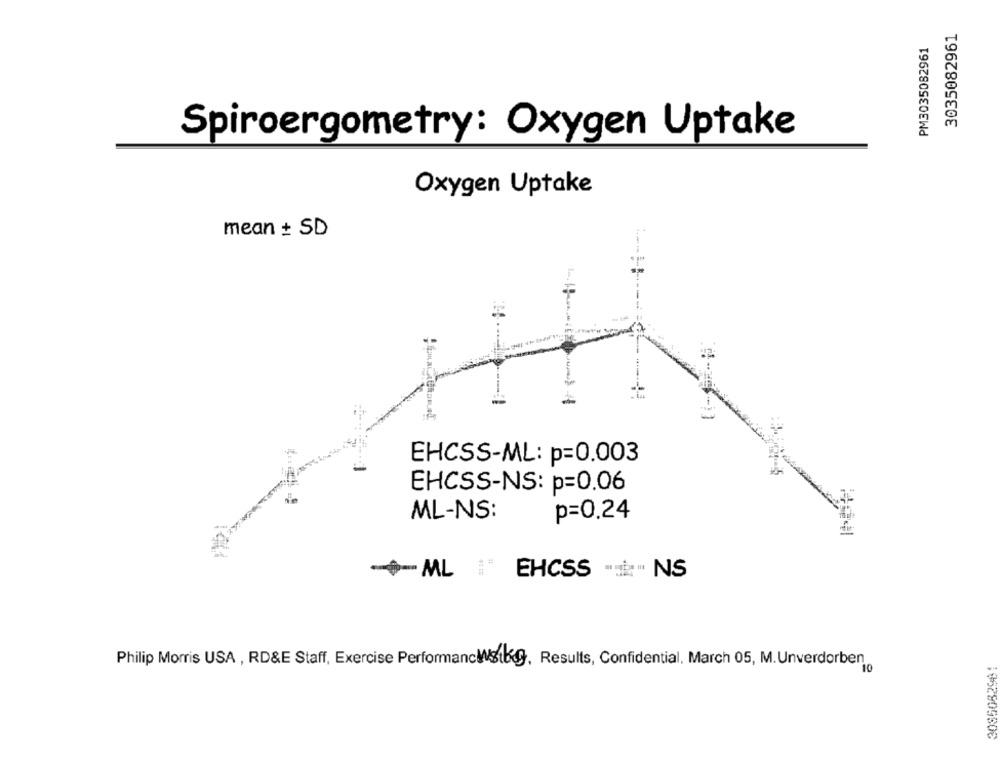
3035082961
PM3035082961
Spiroergometry: Oxygen Uptake
Oxygen Uptake
mean + SD
EHCSS-ML: p=0.003
EHCSS-NS: p=0.06
ML-NS:
p=0.24
-ML
EHCSS **** " NS
Philip Morris USA , RD&E Staff, Exercise Performancesikg, Results, Confidential, March 05, M. Unverdorben
3085082981